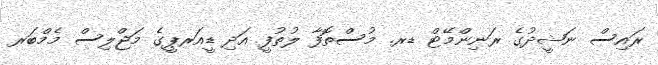
ރައިސް ނަޝީދުގެ ރަނިންމޭޓް ޑރ. މުސްތޮފާ ލުތުފީ އަދި ޑީއަރޕީގެ މަޖްލިސް މެމްބަރ